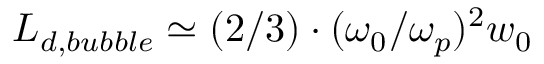
L _ { d , b u b b l e } \simeq ( 2 / 3 ) \cdot ( \omega _ { 0 } / \omega _ { p } ) ^ { 2 } w _ { 0 }